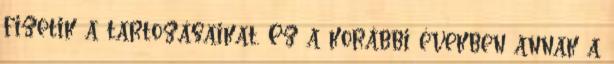
fizetik a tartozásaikat. Ez a korábbi években annak a